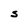
Character: S